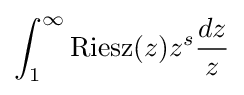
\int _{1}^{\infty }{\rm {Riesz}}(z)z^{s}{\frac {dz}{z}}